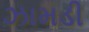
ઝામડી